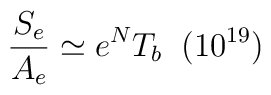
\frac{S_e}{A_e} \simeq e^N T_b \; \; (10^{19})